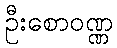
ဦးစောဝဏ္ဏ